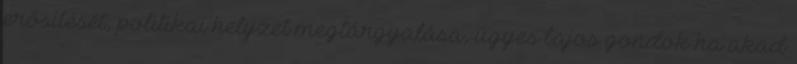
erősítését, politikai helyzet megtárgyalása, ügyes bajos gondok ha akad